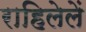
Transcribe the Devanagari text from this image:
राहिलेलें